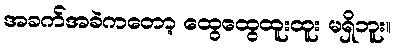
အခက်အခဲကတော့ ထွေထွေထူးထူး မရှိဘူး။